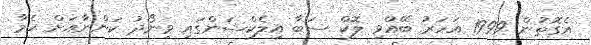
އެގޮތުން 1999 އަހަރު ބޭއްވި ލޮކް ސަބާ އިލެކްޝަންގައި ވިނޯދު ކަންނާއަށް ހެމާ